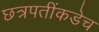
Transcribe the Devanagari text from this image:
छत्रपतींकडेच